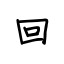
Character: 回